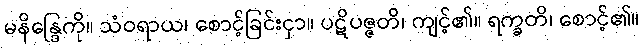
မနိန္ဒြေကို။ သံဝရာယ၊ စောင့်ခြင်းငှာ။ ပဋိပဇ္ဇတိ၊ ကျင့်၏။ ရက္ခတိ၊ စောင့်၏။